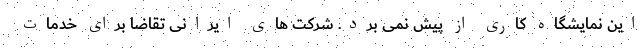
این نمایشگاه کاری از پیش نمی برد. شرکت های ایرانی تقاضا برای خدمات